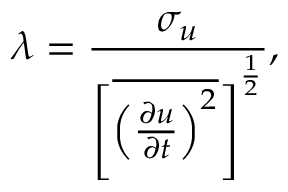
\lambda = \frac { \sigma _ { u } } { { \Bigg [ \overline { { { \Big ( \frac { \partial u } { \partial t } \Big ) ^ { 2 } } } } \Bigg ] } ^ { \frac { 1 } { 2 } } } ,